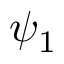
\psi _ { 1 }